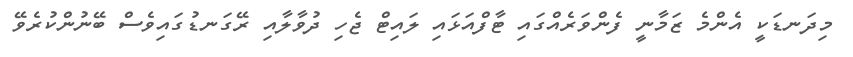
މިދަނޑަކީ އެންމެ ޒަމާނީ ފެންވަރެއްގައި ޓާފްއަޅައި ލައިޓް ޖެހި ދުވާލާއި ރޭގަނޑުގައިވެސް ބޭނުންކުރެވޭ